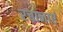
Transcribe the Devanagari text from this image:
रचानाएं